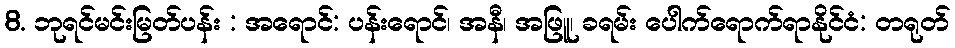
8. ဘုရင်မင်းမြတ်ပန်း : အရောင်: ပန်းရောင်၊ အနီ၊ အဖြူ၊ ခရမ်း ပေါက်ရောက်ရာနိုင်ငံ: တရုတ်